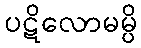
ပဋိလောမမ္ပိ